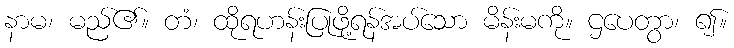
နာမ၊ မည်၏။ တံ၊ ထိုရဟန်းပြုဖို့ရန်အပ်သော မိန်းမကို။ ဌပေတွာ၊ ၍။